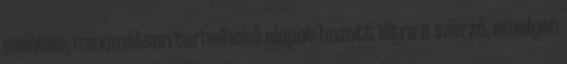
mentes, maximálisan terhelhető alapot hozott létre a szerző, amelyet